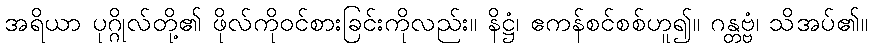
အရိယာ ပုဂ္ဂိုလ်တို့၏ ဖိုလ်ကိုဝင်စားခြင်းကိုလည်း။ နိဋ္ဌံ၊ ဧကန်စင်စစ်ဟူ၍။ ဂန္တဗ္ဗံ၊ သိအပ်၏။